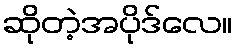
ဆိုတဲ့အပိုဒ်လေ။